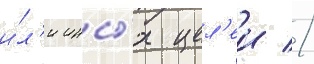
и́л'и ины́х цел'еи //